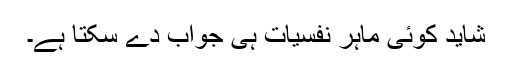
شاید کوئی ماہرِ نفسیات ہی جواب دے سکتا ہے۔